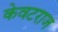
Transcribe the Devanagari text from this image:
केवटराज